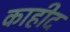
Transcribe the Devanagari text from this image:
काहीद